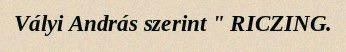
Vályi András szerint " RICZING.